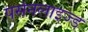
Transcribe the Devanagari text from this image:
पर्सनलाइज्ड